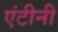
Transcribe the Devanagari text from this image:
एंटीनी